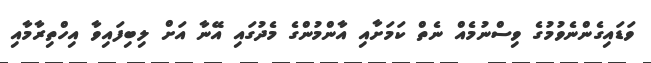
ވަޑައިގެންނެވުމުގެ ވިސްނުމެއް ނެތް ކަމަށާއި އާންމުންގެ މެދުގައި އޭނާ އަށް ލިބިފައިވާ އިހްތިރާމާއި